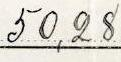
50,28